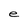
Character: e